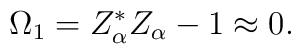
\Omega_{1}=Z_{\alpha}^{*}Z_{\alpha} - 1\approx 0.